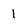
Character: 1